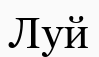
Луй